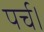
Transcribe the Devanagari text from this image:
पर्च।